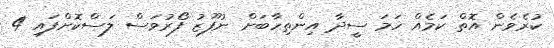
ކުރެވެން އޮތް ކަމެއް ހަމަ ސީދާ އިންތިހާބަށް ނުފޫޒު ފޯރުވަސް ލަސްކޮށްފައި 4